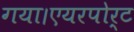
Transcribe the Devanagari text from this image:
गया।एयरपोर्ट